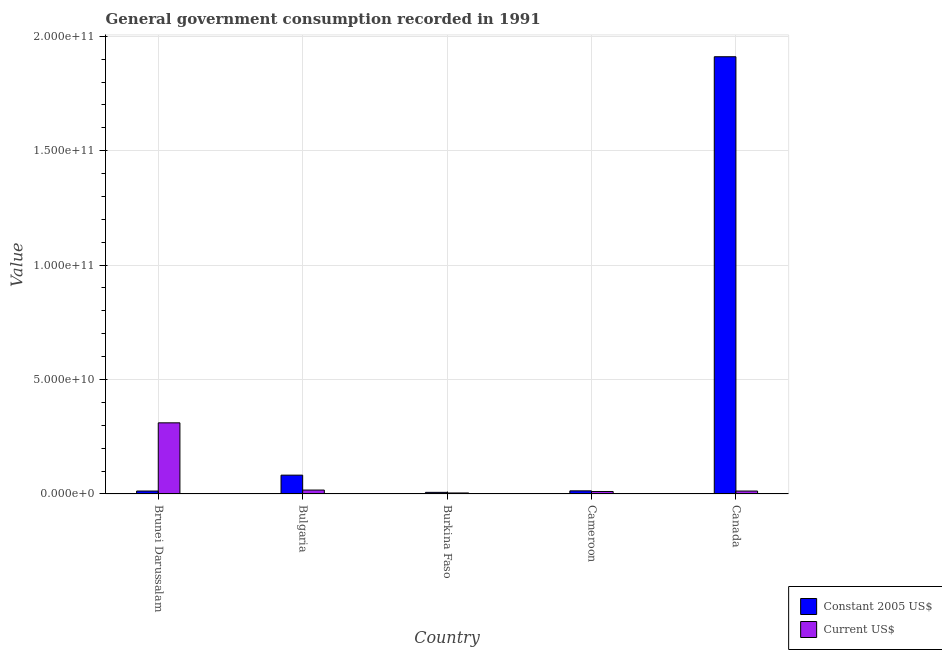
| Country | Constant 2005 US$ | Current US$ |
 | --- | --- | --- |
 | Brunei Darussalam | 1.29e+09 | 3.11e+10 |
 | Bulgaria | 8.23e+09 | 1.71e+09 |
 | Burkina Faso | 7.08e+08 | 4.41e+08 |
 | Cameroon | 1.36e+09 | 1.08e+09 |
 | Canada | 1.91e+11 | 1.28e+09 |